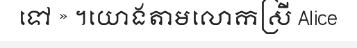
ទៅ » ។យោងតាមលោកស្រី Alice